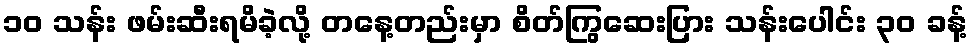
၁၀ သန်း ဖမ်းဆီးရမိခဲ့လို့ တနေ့တည်းမှာ စိတ်ကြွဆေးပြား သန်းပေါင်း ၃၀ ခန့်